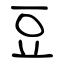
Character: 豆